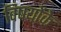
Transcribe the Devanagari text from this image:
विषयोंके